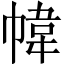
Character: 幃